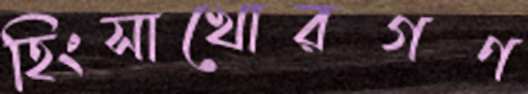
হিংসাখোরগণ